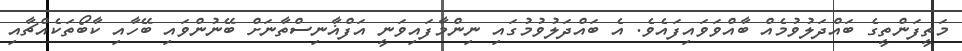
މަތީފަންތީގެ ބައްދަލުވުމެއް ބާއްވަވައިފައެވެ. އެ ބައްދަލުވުމުގައި ނިންމާފައިވަނީ އަފްޣާނިސްތާނަށް ބޭނުންވައި ބޭހާއި ކާބޯތަކެއްޗާއި